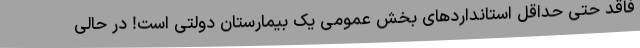
فاقد حتی حداقل استانداردهای بخش عمومی یک بیمارستان دولتی است! در حالی